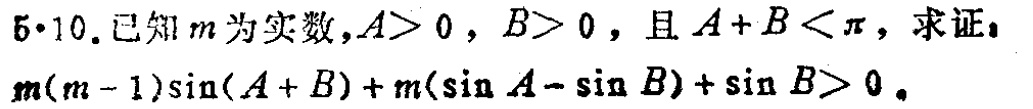
5·10.已知\(m\)为实数，\(A > 0\)，\(B > 0\)，且\(A + B < \pi\)，求证：

\(m(m - 1)\sin(A + B)+m(\sin A-\sin B)+\sin B>0\)。